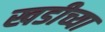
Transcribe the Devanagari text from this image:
खडीच्या